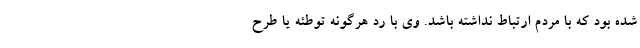
شده بود که با مردم ارتباط نداشته باشد. وی با رد هرگونه توطئه یا طرح